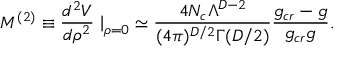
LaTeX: M ^ { ( 2 ) } \equiv \frac { d ^ { 2 } V } { d \rho ^ { 2 } } \left. \right| _ { \rho = 0 } \simeq \frac { 4 N _ { c } \Lambda ^ { D - 2 } } { ( 4 \pi ) ^ { D / 2 } \Gamma ( D / 2 ) } \frac { g _ { c r } - g } { g _ { c r } g } .